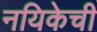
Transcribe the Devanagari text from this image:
नयिकेची